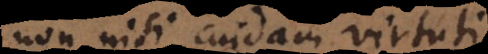
non nisi cuidam virtuti,